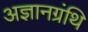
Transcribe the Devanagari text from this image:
अज्ञानग्रंथि